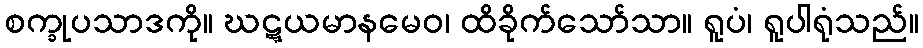
စက္ခုပသာဒကို။ ဃဋ္ဋယမာနမေဝ၊ ထိခိုက်သော်သာ။ ရူပံ၊ ရူပါရုံသည်။